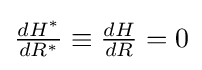
{\textstyle {\frac {dH^{*}}{dR^{*}}}\equiv {\frac {dH}{dR}}=0}